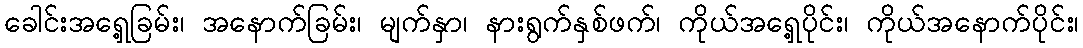
ခေါင်းအရှေ့ခြမ်း၊ အနောက်ခြမ်း၊ မျက်နှာ၊ နားရွက်နှစ်ဖက်၊ ကိုယ်အရှေ့ပိုင်း၊ ကိုယ်အနောက်ပိုင်း၊